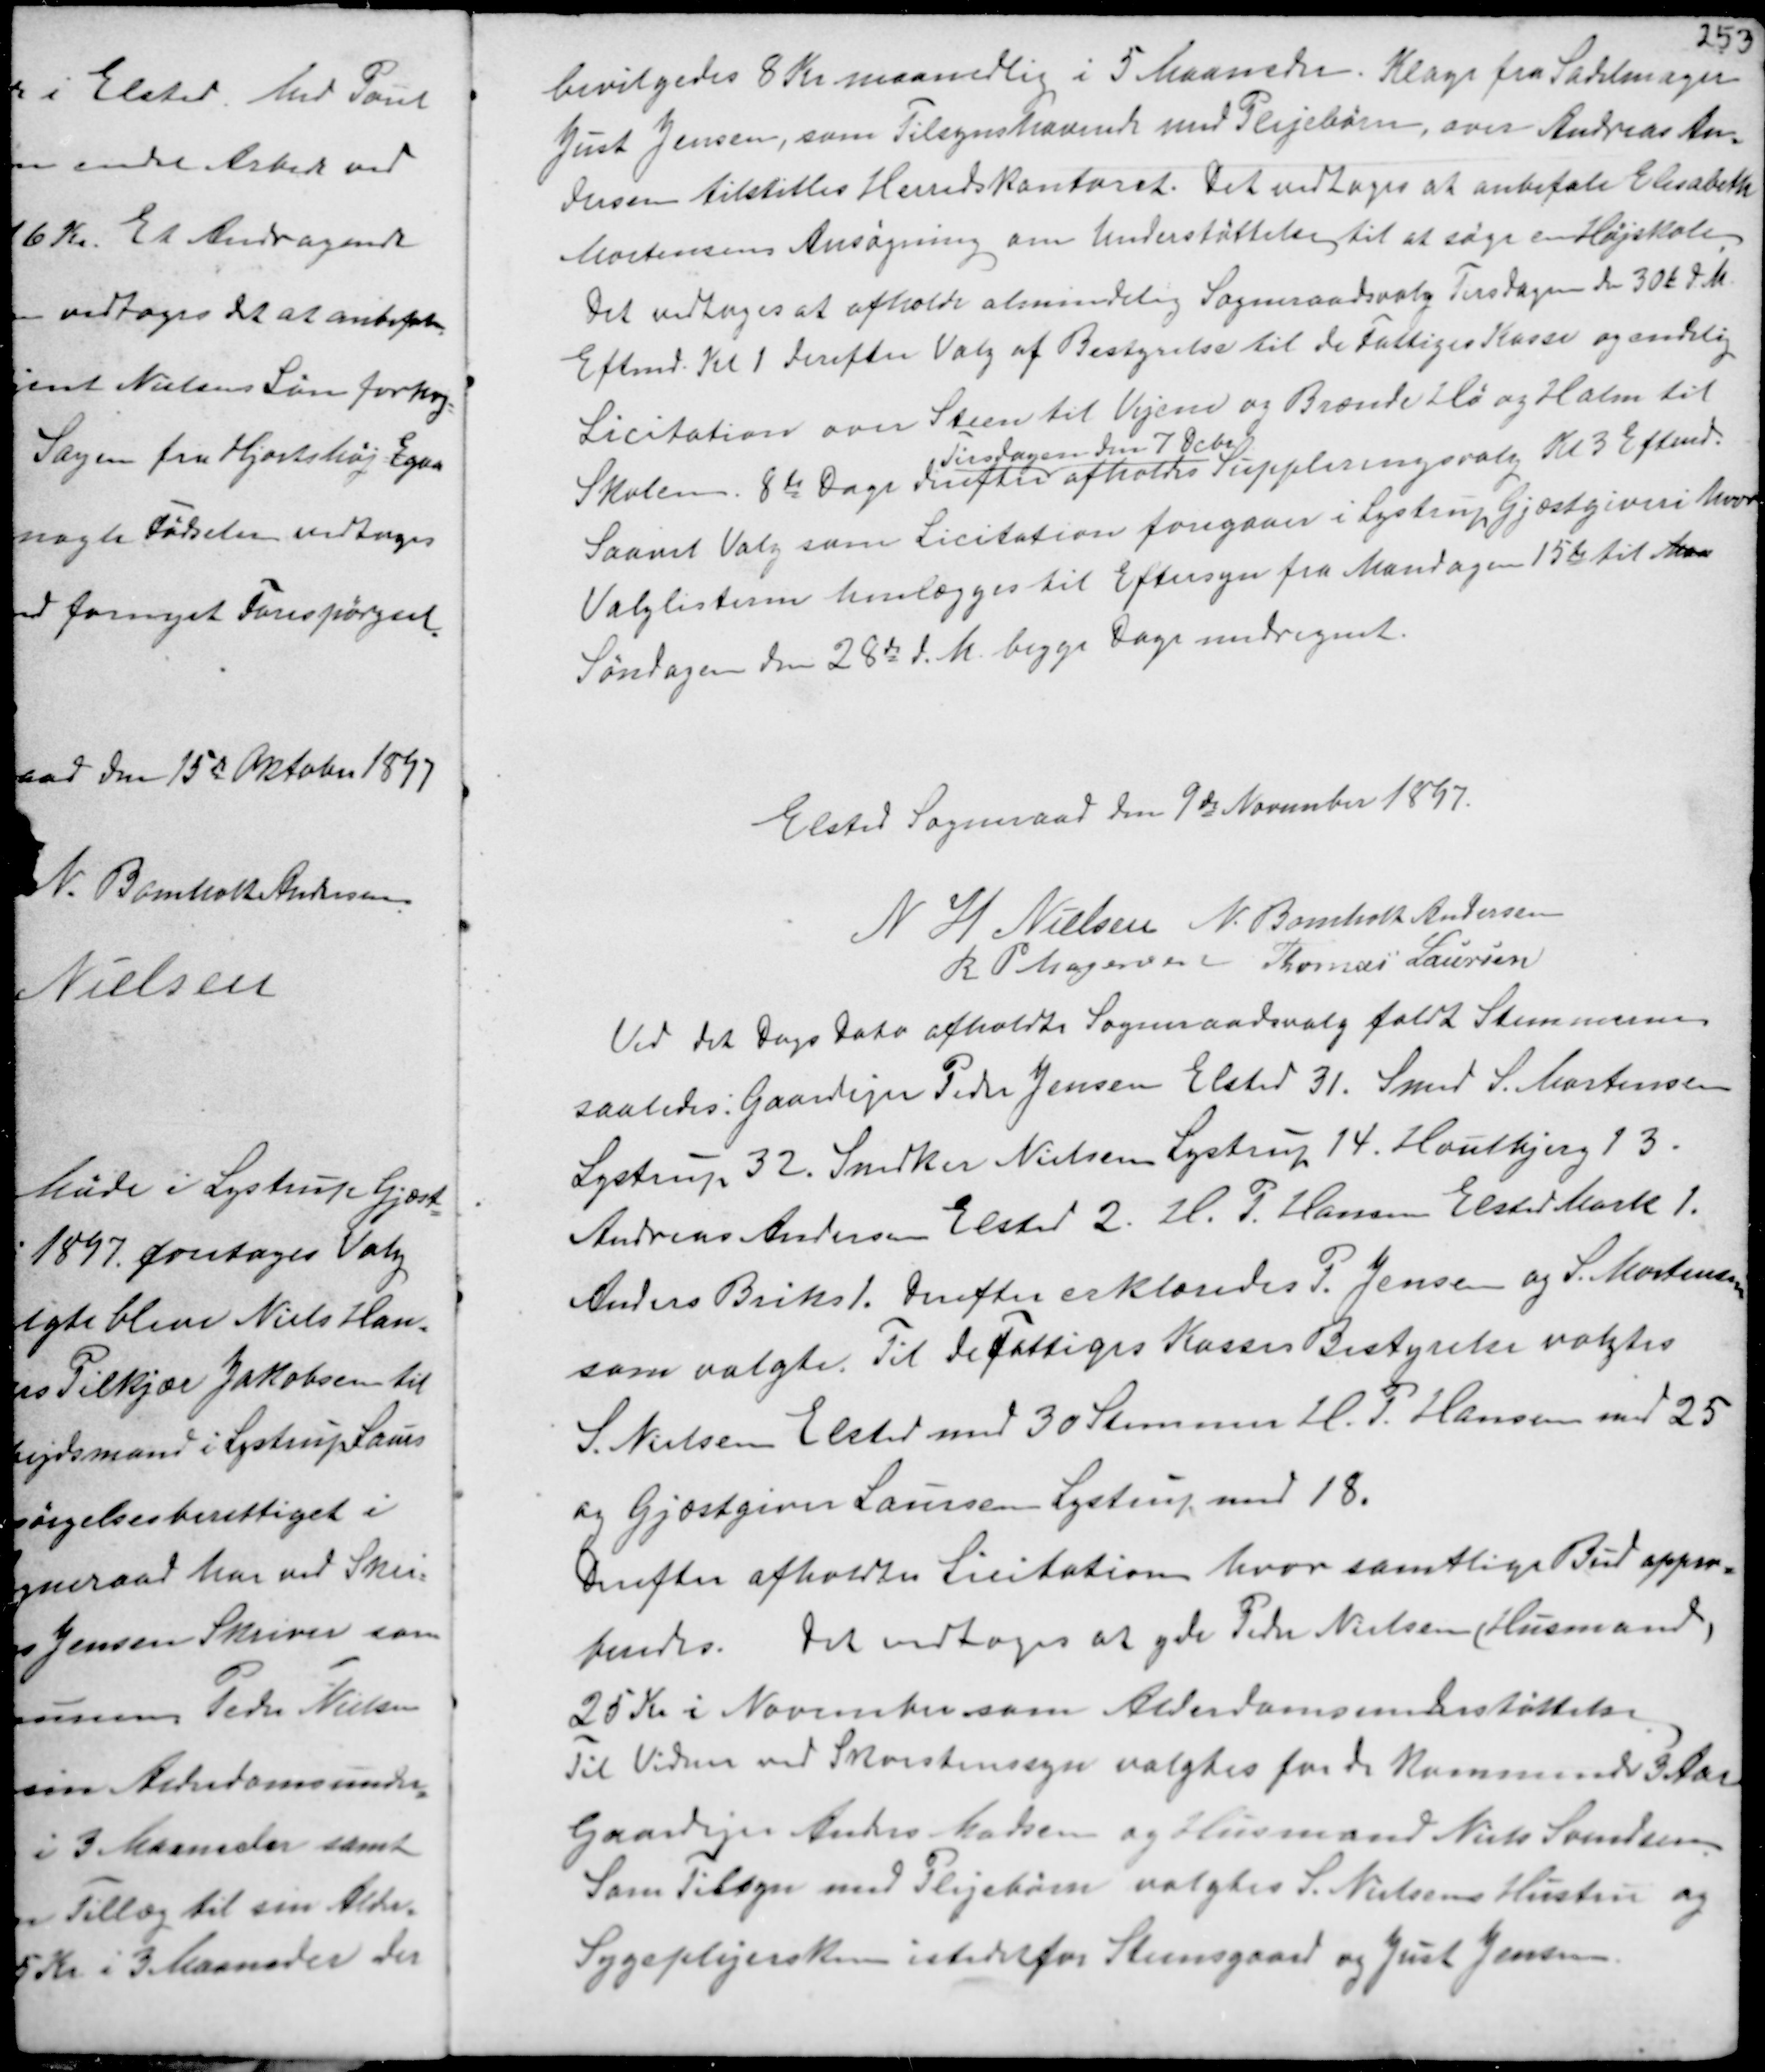
Transskription:
bevilgedes 8 Kr maanedlig i 5 Maaneder. Klage fra Sadelmager
Just Jensen, som Tilsynshavende med Plejebørn, over Andreas An-
dersen tilstilles Herredskontoret. Det vedtoges at anbefale Elisabeth
Mortensens Ansøgning om Understøttelse til at søge en Højskole.
Det vedtoges at afholde almindelig Sogneraadsvalg Tirsdagen den 30te d.M.
Eftermd Kl 1 derefter Valg af Bestyrelse til de Fattiges Kasse og endelig
Licitation over Steen til Vejene og Brænde Hø og Halm til
Skolen 8te Dage derefter
Tirsdagen den 7 Dcbr
afholdes Suppleringsvalg Kl 3 Eftermd.
Saavel Valg som Licitation foregaaer i Lystrup Gjæstgiveri hvor
Valglisterne henlægges til Eftersyn fra Mandagen 15de til Ma
Søndagen den 28de d.M. begge Dage medregnet.

Elsted Sogneraad den 9de November 1897.
N H Nielsen N. Bomholt Andersen
R P Mogensen Thomas Laursen

Ved det Dags Dato afholdte Sogneraadsvalg faldt Stemmerne
saaledes: Gaardejer Peder Jensen Elsted 31. Smed S. Mortensen
Lystrup 32. Snedker Nielsen Lystrup 14. Houlbjerg 13.
Andreas Andersen Elsted 2. H. P. Hansen Elsted Mark 1.
Anders Briks 1. Derefter erklæredes P. Jensen og S. Mortensen
som valgte. Til de Fattiges Kasses Bestyrelse valgtes
S. Nielsen Elsted med 30 Stemmer H. P. Hansen med 25
og Gjæstgiver Laursen Lystrup med 18.
Derefter afholdtes Licitation hvor samtlige Bud appro-
beredes. Det vedtoges at yde Peder Nielsen (Husmand)
25 Kr i November som Alderdomsunderstøttelse
Til Vidner ved Skorstenssyn valgtes for de kommende 3 Aar
Gaardejer Anders Madsen og Husmand Niels Svendsen
Som Tilsyn med Plejebørn valgtes S. Nielsens Hustru og
Sygeplejerske istedetfor Steensgaard og Just Jensen